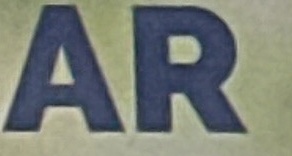
AR